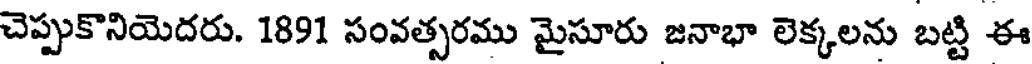
చెప్పుకొనియెదరు. 1891 సంవత్సరము మైసూరు జనాభా లెక్కలను బట్టి ఈ